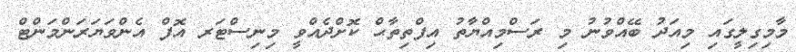
މާމިގިލީގައި މިއަދު ބޭއްވުނު މި ރަސްމިއްޔާތު އިފްތިތާޙް ކޮށްދެއްވީ މިނިސްޓަރ އޮފް އެންވަޔަރަންމަންޓް